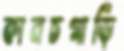
কানচগাড়ি